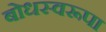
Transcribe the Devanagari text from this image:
बोधस्वरूपा